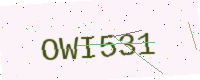
Text: OWI531